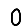
Digit: 0